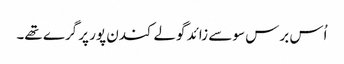
اُس برس سو سے زائد گولے کندن پور پر گرے تھے۔